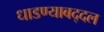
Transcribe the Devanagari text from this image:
धाडण्याबद्दल